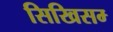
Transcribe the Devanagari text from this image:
सिखिसम्‍